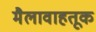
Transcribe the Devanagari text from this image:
मैलावाहतूक